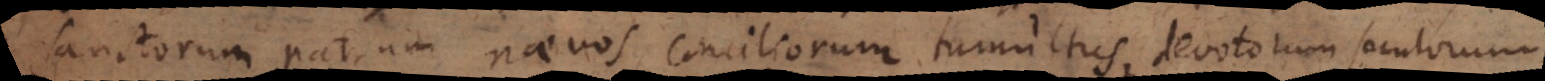
sanctorum patrum naevos, conciliorum tumultus, devotorum seculorum